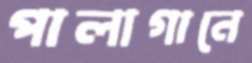
পালাগানে